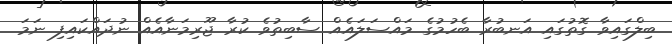
ބިލްގައިވާ ގޮތުގައި އަނބުރާ ބެހުމުގެ މައްސަލައެއް ސާބިތުވެ ކުރާ ޖޫރިމަނާއެއް ނުދައްކައިފި ނަމަ